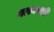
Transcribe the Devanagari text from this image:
मत्स्यभक्षी